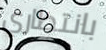
بانتظاري